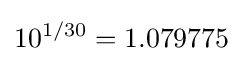
10^{1/30}=1.079775